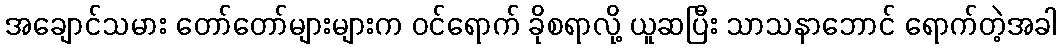
အချောင်သမား တော်တော်များများက ဝင်ရောက် ခိုစရာလို့ ယူဆပြီး သာသနာဘောင် ရောက်တဲ့အခါ